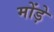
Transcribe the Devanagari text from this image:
मोंड़े